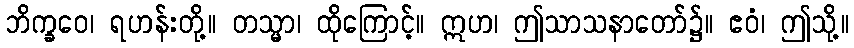
ဘိက္ခဝေ၊ ရဟန်းတို့။ တသ္မာ၊ ထိုကြောင့်။ ဣဟ၊ ဤသာသနာတော်၌။ ဧဝံ၊ ဤသို့။